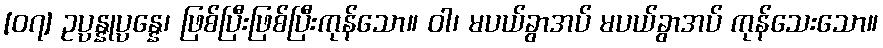
[၀၇] ဥပ္ပန္နုပ္ပန္နေ၊ ဖြစ်ပြီးဖြစ်ပြီးကုန်သော။ ဝါ၊ မပယ်ခွာအပ် မပယ်ခွာအပ် ကုန်သေးသော။